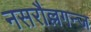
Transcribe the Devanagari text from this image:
नसरौल्लगन्ज